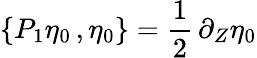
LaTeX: \{ P_{1}\eta_{0}\, ,\eta_{0}\} =\frac 12\, \partial_{Z}\eta_{0}